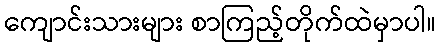
ကျောင်းသားများ စာကြည့်တိုက်ထဲမှာပါ။